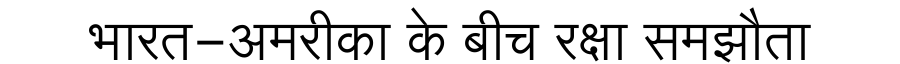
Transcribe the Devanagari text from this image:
भारत-अमरीका के बीच रक्षा समझौता